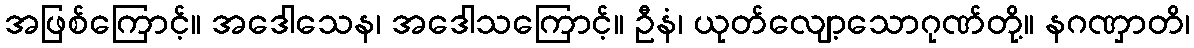
အဖြစ်ကြောင့်။ အဒေါသေန၊ အဒေါသကြောင့်။ ဦနံ၊ ယုတ်လျော့သောဂုဏ်တို့။ နဂဏှာတိ၊